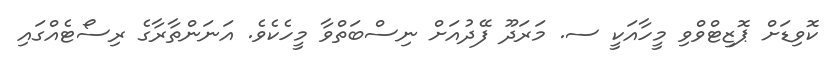
ކޮވިޑަށް ޕޮޒިޓްވްވި މީހާއަކީ ސ. މަރަދޫ ފޭދުއަށް ނިސްބަތްވާ މީހެކެވެ. އަނަންތާރާގެ ރިސޯޓެއްގައި